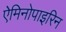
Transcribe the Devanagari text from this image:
ऐमिनोपाइरिन